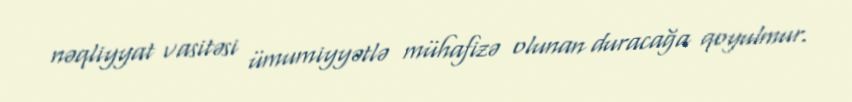
nəqliyyat vasitəsi ümumiyyətlə mühafizə olunan duracağa qoyulmur.